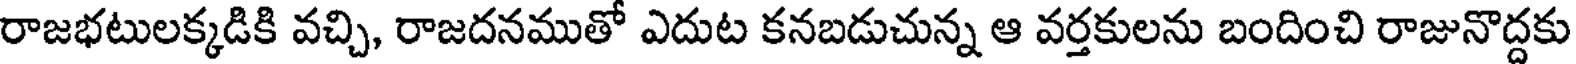
రాజభటులక్కడికి వచ్చి, రాజదనముతో ఎదుట కనబడుచున్న ఆ వర్తకులను బందించి రాజునొద్దకు